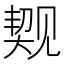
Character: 𬢐